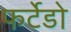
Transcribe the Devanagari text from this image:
फर्टेडो